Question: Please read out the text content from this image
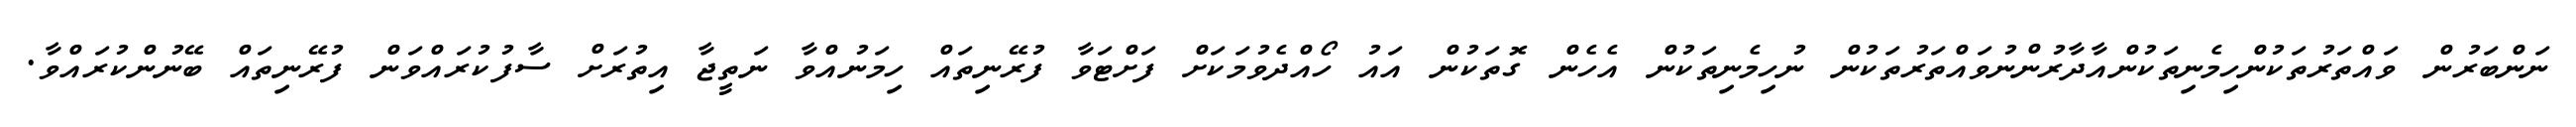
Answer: ނަންބަރުން ވައްތަރުތަކުންހިމެނިތަކުންއާދާރުންނުވައްތަރުތަކުން ނުހިމެނިތަކުން އެހެން ގޮތަކުން އައު ހޯއްދެވުމަކަށް ފަށްޓަވާ ފުރޭނިތައް ހިމަނުއްވާ ނަތީޖާ އިތުރަށް ސާފުކުރައްވަން ފުރޭނިތައް ބޭނުންކުރައްވާ.